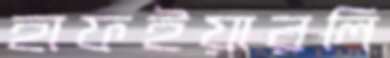
হাফইয়ারলি